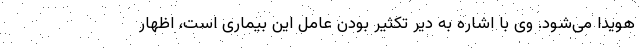
هویدا می‌شود. وی با اشاره به دیر تکثیر بودن عامل این بیماری است، اظهار